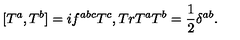
[ T ^ { a } , T ^ { b } ] = i f ^ { a b c } T ^ { c } , T r T ^ { a } T ^ { b } = \frac { 1 } { 2 } \delta ^ { a b } .